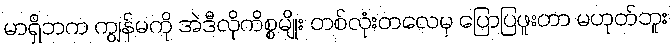
မာရှိဘက ကျွန်မကို အဲဒီလိုကိစ္စမျိုး တစ်လုံးတလေမှ ပြောပြဖူးတာ မဟုတ်ဘူး